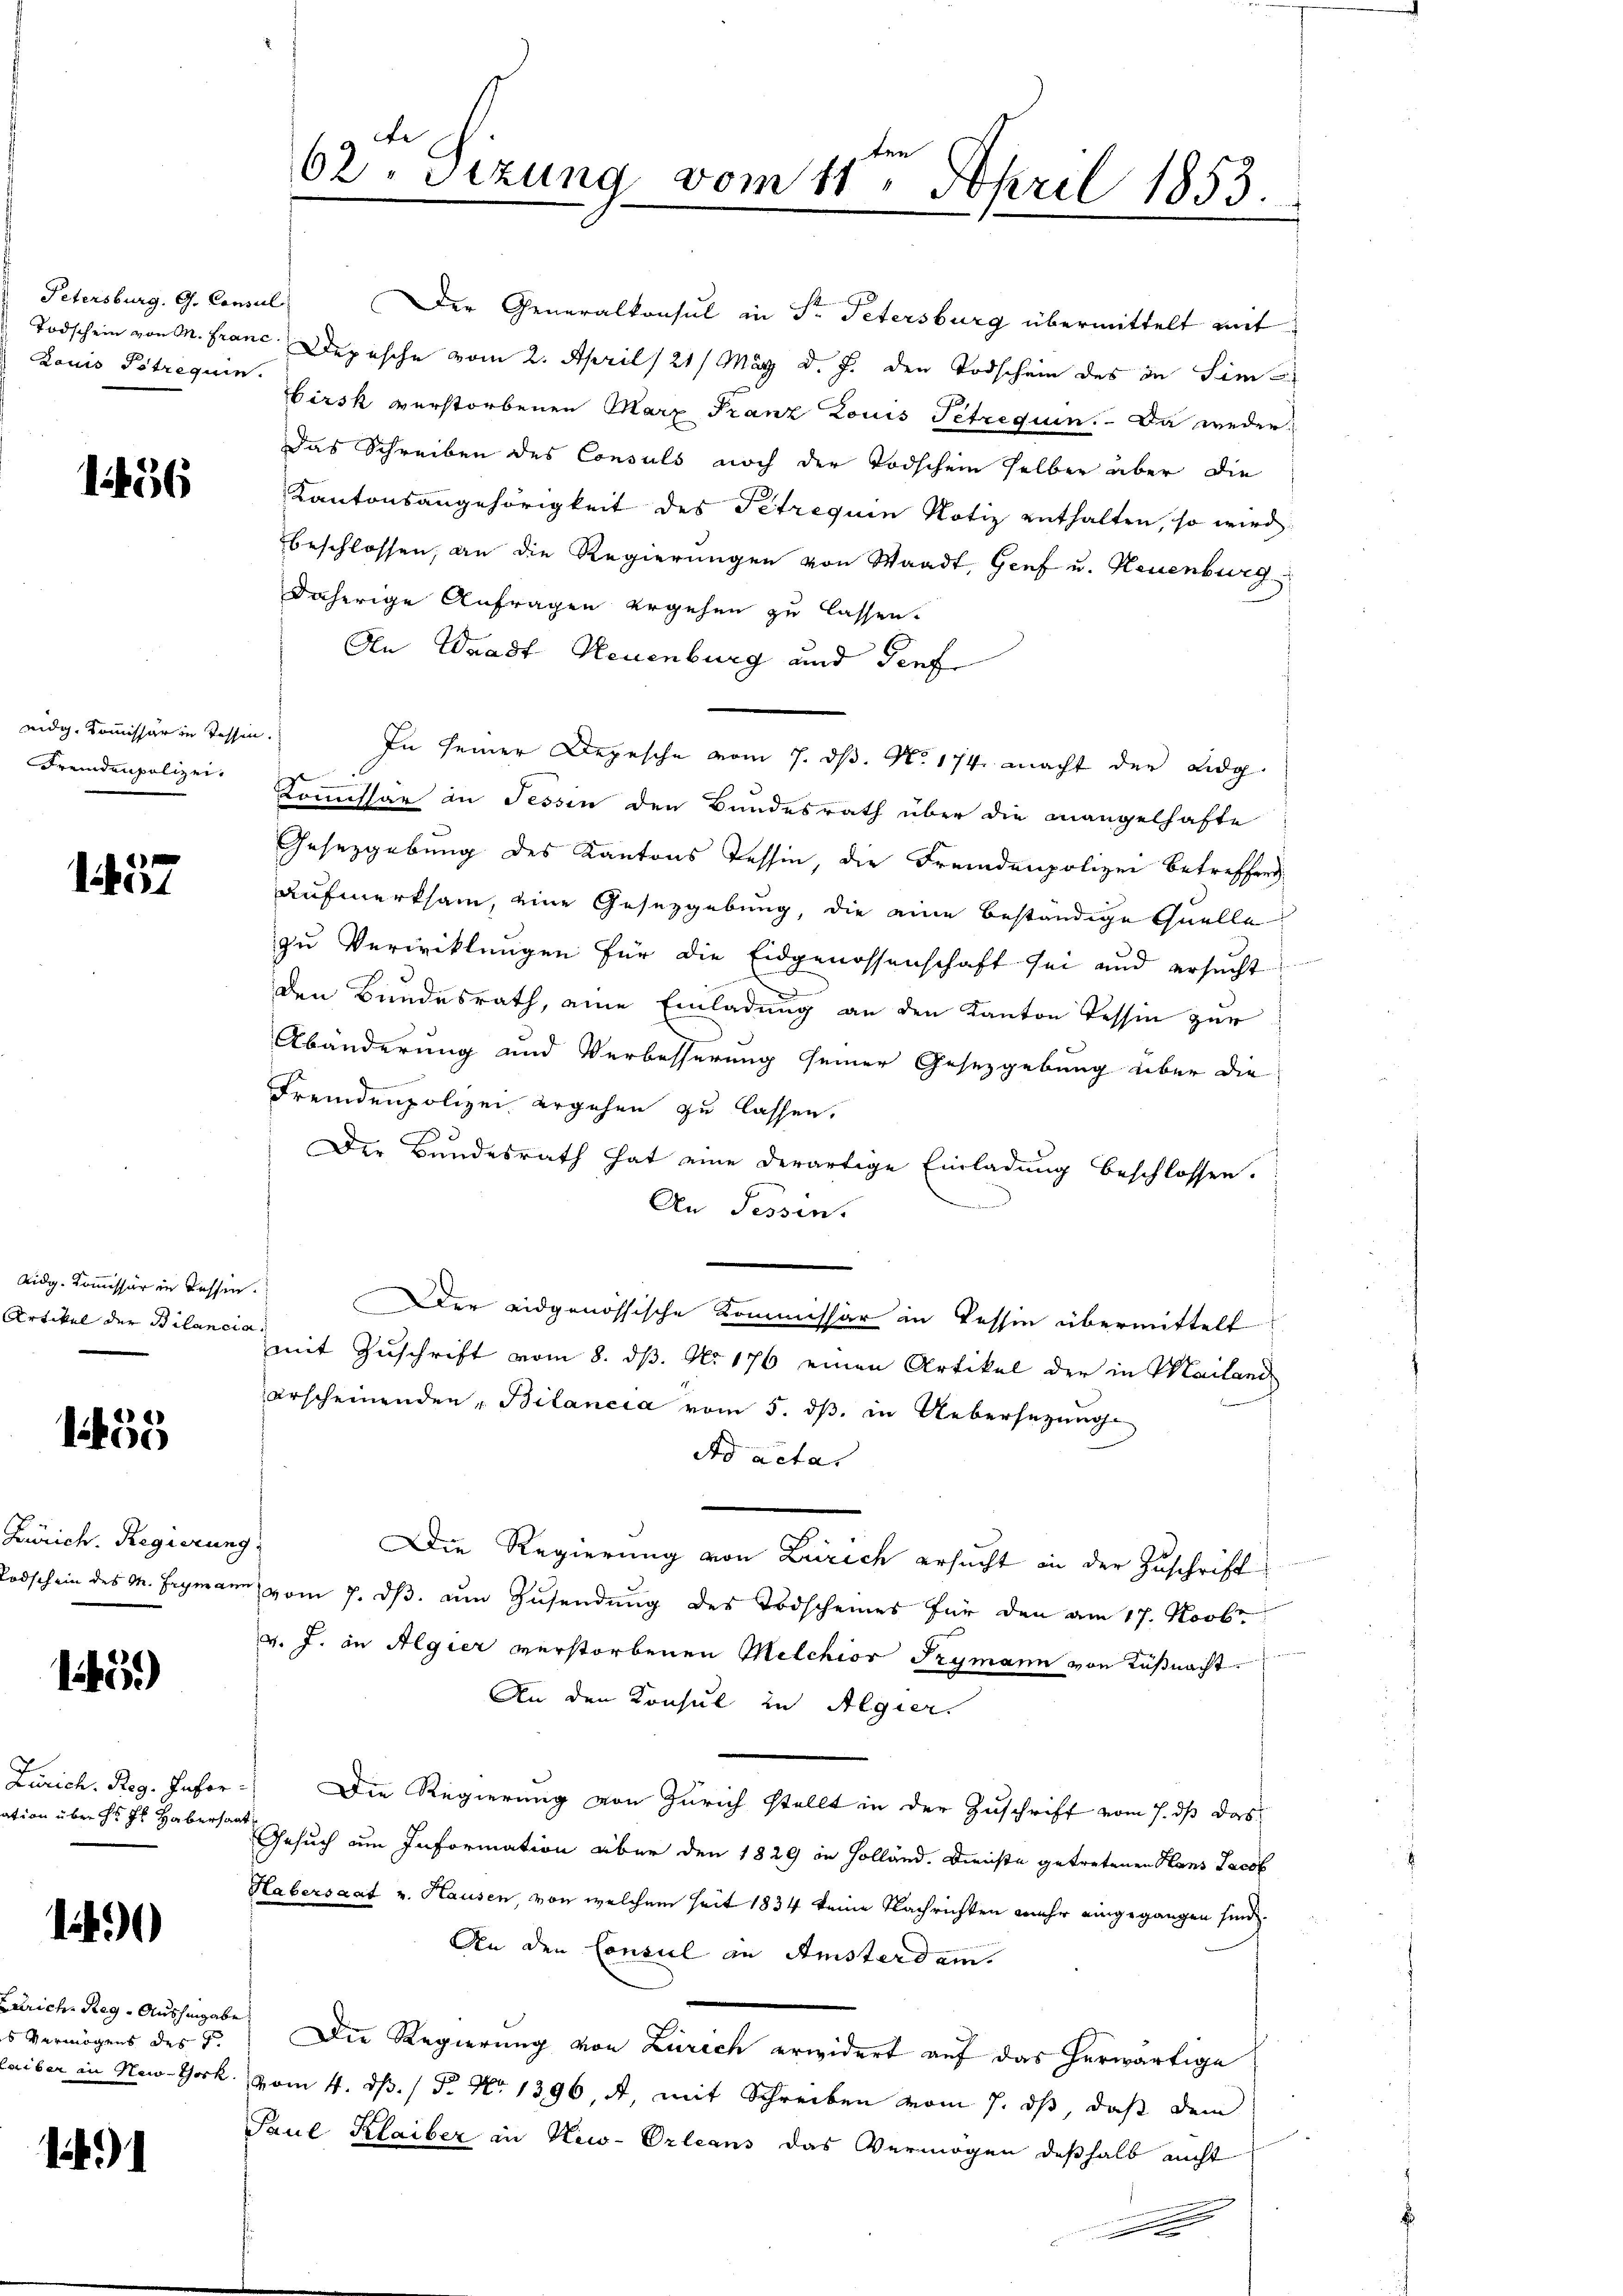
Petersburg. G. Consul
Louis Betrequien.

1456

eidg. Kommissär in Tessen.
Fremdenpolizei.

1557

Aidg. Kommissär in Tessin
Artikel der Bilanci

1455

Zürich. Regierun
odschein des M. Hegnan

15)

Zürich. Reg. Infor
ation über des H. Habers

1

Zürich, Reg. Aushingen
s Vermögens des F
leiber in New-York

1

Der Generalkonsul in Fr. Petersburg übermittelt mit
Todschein von M. Franz. Depesche vom 2. April /21/ März d. J. den Todschein des in Sim
irsk verstorbenen Marx Franz Louis Petrequin. Da weder¬
Das Schreiben des Consuls noch der Todschein selben über die
Kantonsangehörigkeit des Petrequin Notiz enthalten, so wird
beschlossen, an die Regierungen von Waadt, Genf u. Neuenburg
daherige Anfragen ergehen zu lassen.
An Waadt Neuenburg und Genf
In seiner Depesche vom 7. ds. No. 174. macht der Eidg
Kommissär in Tessin den Bundesrath über die Mangelhafte
Gesetzgebung des Kantons Tessin, die Fremdenpolizei betreffen
Aufmerksam, eine Gesetzgebung, die eine beständige Quelle
zu Verwicklungen für die Eidgenossenschaft sei und ersŭcht
den Bundesrath, eine Einladung an den Kanton Tessin zur
Abänderung und Verbesserung seiner Gesetzgebung über die
Fremdenpolizei ergehen zu lassen.
Der Bundesrath hat eine derartige Einladung beschlossen.
An Sessen.
.
Der eidgenössische Kommissär in Tessin übermittelten
a
mit Zŭschrift vom 8. dβ. No. 176 einen Artikel der in Mailand
erscheinenden Bilancia vom 5. dß in Uebersezung
Ad actas
g
Die Regierung von Zürich ersucht in der Zuschrift
in vom 7. dβ. um Zusendung des Todscheines für den am 17. Novbr
v. J. in Algier verstorbenen Melchior Frymann von Küßnacht.
An den Konsul in Algier
 Die Regierung von Zürich stellt in der Zuschrift vom 7. dß das
at
Gesuch um Information über den 1829 in Holländ. Dienste getretenen Hans Jacob
Habersaat v. Hausen, von welchem seit 1834 keine Nachrichten mehr eingegangen sind.
An den Consul an Amsterdem
d
Die Regierung von Zürich erwidert auf das herwärtige
vom 4. d. 1 P. Nr. 1396, A, mit Schreiben vom 7. ds, daß dem
Paul Klaiber in New-Orleans das Vermögen deßhalb nicht
e

62. Sizung vom 11ten April 1853.